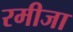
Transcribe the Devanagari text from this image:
रमीजा